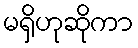
မရှိဟုဆိုကာ